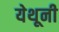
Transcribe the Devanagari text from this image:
येथूनी